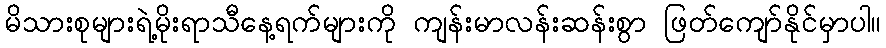
မိသားစုများရဲ့မိုးရာသီနေ့ရက်များကို ကျန်းမာလန်းဆန်းစွာ ဖြတ်ကျော်နိုင်မှာပါ။